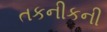
તકનીકની